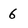
Character: 6